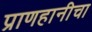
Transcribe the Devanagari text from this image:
प्राणहानीचा